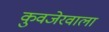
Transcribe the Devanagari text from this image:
कुवजेरवाला